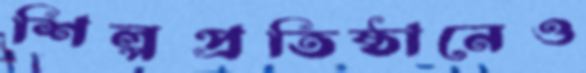
শিল্পপ্রতিষ্ঠানেও